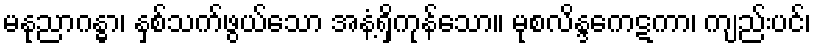
မနုညာဂန္ဓာ၊ နှစ်သက်ဖွယ်သော အနံ့ရှိကုန်သော။ မုစလိန္ဒကေဋကာ၊ ကျည်းပင်၊